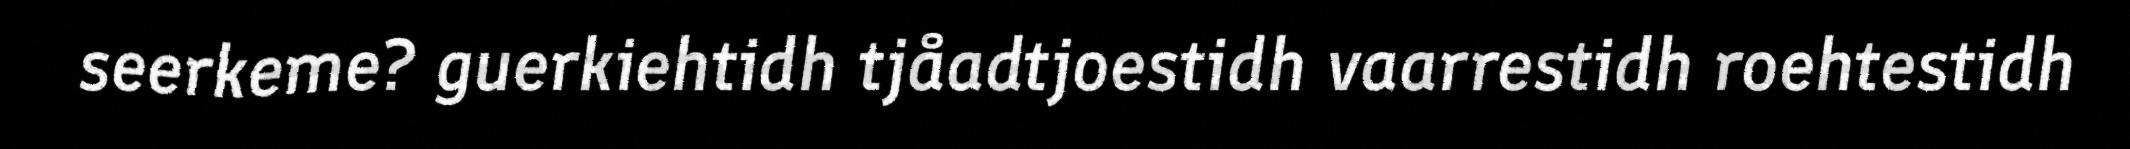
seerkeme? guerkiehtidh tjåadtjoestidh vaarrestidh roehtestidh